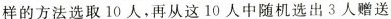
样的方法选取10人，再从这10人中随机选出3人赠送